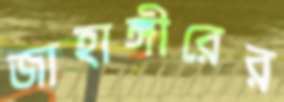
জাহাঙ্গীরের